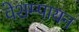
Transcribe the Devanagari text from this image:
वेशम्पायन